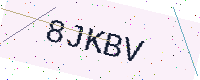
Text: 8JKBV